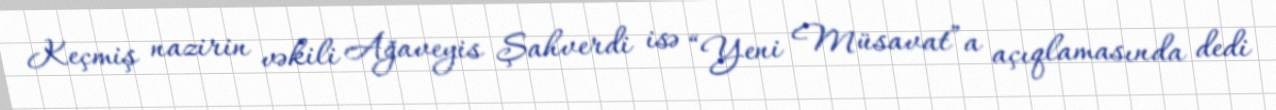
Keçmiş nazirin vəkili Ağaveyis Şahverdi isə “Yeni Müsavat”a açıqlamasında dedi